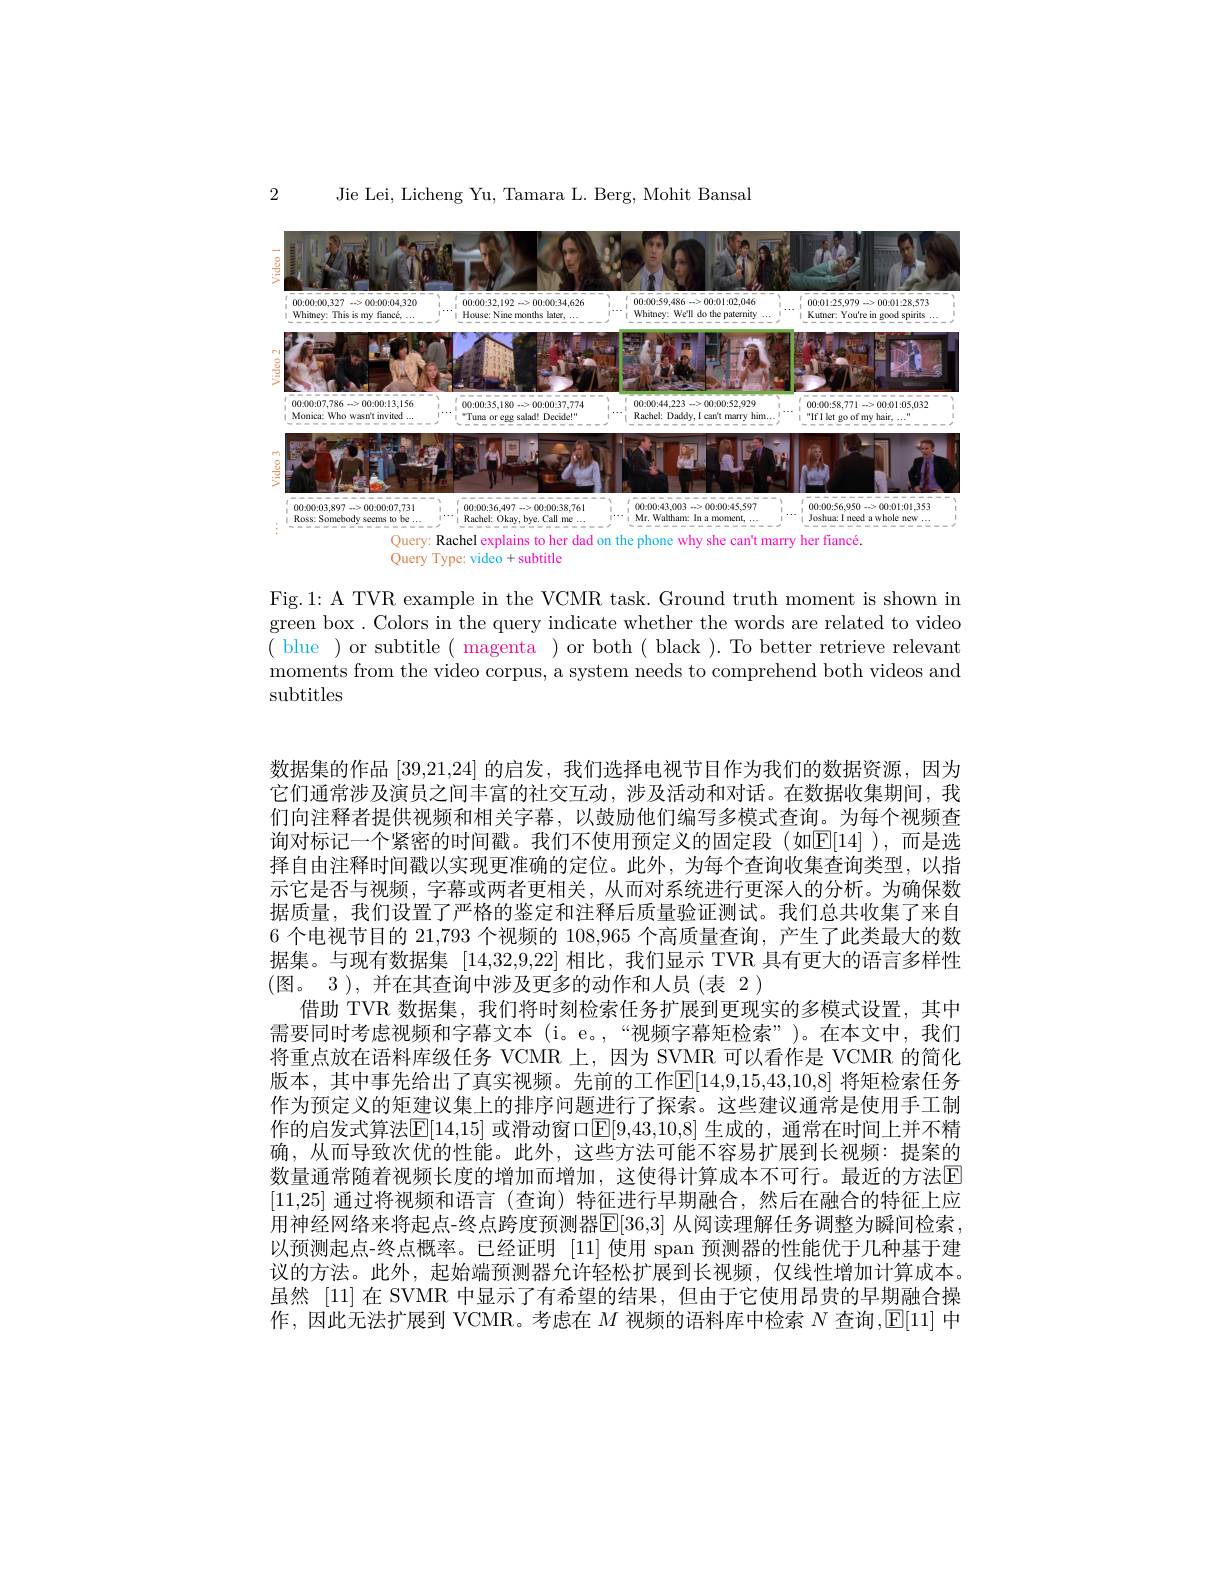
Jie Lei, Licheng Yu, Tamara L. Berg, Mohit Bansal

2

<FigureHere>
Query: Rachel explains to her dad on the phone why she can't marry her fiancé.

Query Type: video +subtitle

Fig.1: A TVR example in the VCMR task. Ground truth moment is shown in green box. Colors in the query indicate whether the words are related to video ( blue )or subtitle( magenta ) or both( black ). To better retrieve relevant moments from the video corpus, a system needs to comprehend both videos and subtitles

数据集的作品|39,21,24|的启发，我们选择电视节目作为我们的数据资源，因为它们通常涉及演员之间丰富的社交互动，涉及活动和对话。在数据收集期间，我们向注释者提供视频和相关字幕，以鼓励他们编写多模式查询。为每个视频查询对标记一个紧密的时间戳。我们不使用预定义的固定段(如$\mathbb{E}[14]$ ),而是选择自由注释时间戳以实现更准确的定位。此外，为每个查询收集查询类型，以指示它是否与视频，字幕或两者更相关，从而对系统进行更深人的分析。为确保数据质量，我们设置了严格的鉴定和注释后质量验证测试。我们总共收集了来自6 个电视节目的 21,793 个视频的 108,965 个高质量查询，产生了此类最大的数据集。与现有数据集[14,32,9,22]相比，我们显示 TVR 具有更大的语言多样性(图。3 ), 并在其查询中涉及更多的动作和人员(表 2 )
借助 TVR 数据集，我们将时刻检索任务扩展到更现实的多模式设置，其中需要同时考虑视频和字幕文本 (i。e。,“视频字幕矩检索”)。在本文中，我们将重点放在语料库级任务 VCMR 上，因为 SVMR 可以看作是 VCMR 的简化版本，其中事先给出了真实视频。先前的工作$\mathbb{E}[14,9,15,43,10,8]$ 将矩检索任务作为预定义的矩建议集上的排序问题进行了探索。这些建议通常是使用手工制作的启发式算法[E[14,15] 或滑动窗口[E[9,43,10,8] 生成的 , 通常在时间上并不精确，从而导致次优的性能。此外，这些方法可能不容易扩展到长视频：提案的数量通常随着视频长度的增加而增加，这使得计算成本不可行。最近的方法E [11,25]通过将视频和语言(查询)特征进行早期融合，然后在融合的特征上应用神经网络来将起点-终点跨度预测器$\overline{\mathbb{E}}[36,3]$ 从阅读理解任务调整为瞬间检索以预测起点-终点概率。已经证明[11]使用 span 预测器的性能优于几种基于建议的方法。此外，起始端预测器允许轻松扩展到长视频，仅线性增加计算成本。虽然 [11]在 SVMR 中显示了有希望的结果，但由于它使用昂贵的早期融合操作，因此无法扩展到 VCMR。考虑在$M$视频的语料库中检索$N$查询，$\mathbb{E}[11]$中